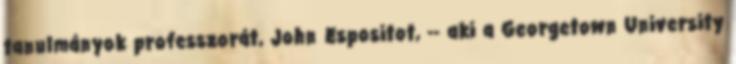
tanulmányok professzorát, John Espositot, -- aki a Georgetown University